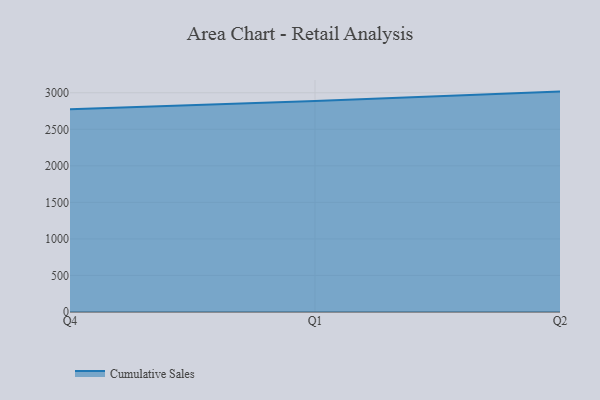
{"axis": {"x": "Quarter", "y": "Temperature (°C)"}, "legend": ["Cumulative Sales"], "data": [{"x": "Q4", "y": 2774.4, "type": "Cumulative Sales"}, {"x": "Q1", "y": 2888.2, "type": "Cumulative Sales"}, {"x": "Q2", "y": 3016.1, "type": "Cumulative Sales"}]}